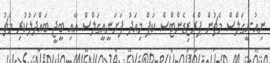
ނިއު-އީގަލްސް މެޗުން ޕްރެޒިޑެންޓްސް ކަޕް މިއަދު ފަށަނީއީގަލްސް އާއި ބީޖީ ބައްދަލުކުރި މެޗު